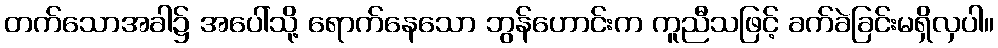
တက်သောအခါ၌ အပေါ်သို့ ရောက်နေသော ဘွန်ဟောင်းက ကူညီသဖြင့် ခက်ခဲခြင်းမရှိလှပါ။